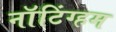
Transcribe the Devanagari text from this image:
नाॅटिंग्हम